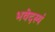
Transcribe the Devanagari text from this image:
भवेदस्यं